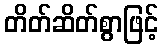
တိတ်ဆိတ်စွာဖြင့်